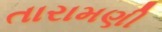
તારામણી